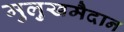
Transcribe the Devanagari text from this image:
मुलुखमैदान